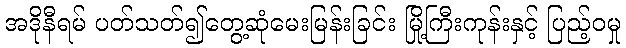
အဒိုနီရမ် ပတ်သတ်၍တွေ့ဆုံမေးမြန်းခြင်း မြို့ကြီးကုန်းနှင့် ပြည့်ဝမှု